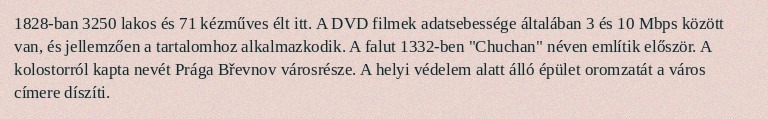
1828-ban 3250 lakos és 71 kézműves élt itt. A DVD filmek adatsebessége általában 3 és 10 Mbps között van, és jellemzően a tartalomhoz alkalmazkodik. A falut 1332-ben "Chuchan" néven említik először. A kolostorról kapta nevét Prága Břevnov városrésze. A helyi védelem alatt álló épület oromzatát a város címere díszíti.